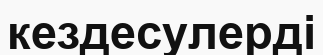
кездесулерді